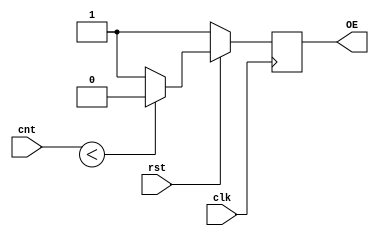
module oe_controller(
    input      clk,
    input      rst,
    input[6:0] cnt,
    output reg  OE
);
    always @(negedge clk) begin
        if (!rst) begin
            OE      = 1;
        end else begin
            if (cnt<OE_INTENSITY) OE = 0; else OE = 1;
        end
    end
endmodule